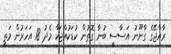
ރާއްޖޭގެ ގާނޫނު އަސާސީ ބުނާ ގޮތުން ކުޑަކުއްޖަކާ މެދު 18 އަހަރުން މަތީ